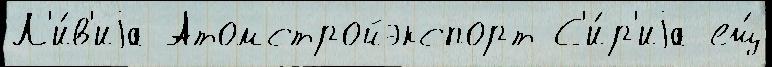
Л'и́в'иjа Атомстройэкспорт С'и́р'иjа ещ́